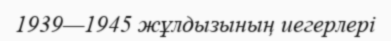
1939—1945 жұлдызының иегерлері